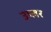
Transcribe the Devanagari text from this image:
उप्लर